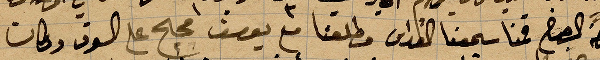
في الصباح قمنا سمعنا القداس وطلعنا مع بوسف محج على السوق وكان